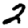
Digit: 2